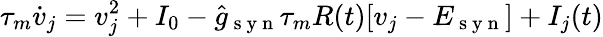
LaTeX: \tau_{m}\dot{v}_{j}=v_{j}^{2}+I_{0}-\hat{g}_{\mathrm{~s~y~n~}}\tau_{m}R(t)[v_{j}-E_{\mathrm{~s~y~n~}}]+I_{j}(t)